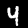
Label: 4